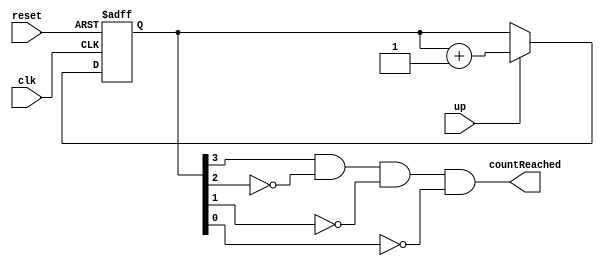
`timescale 1ns / 1ps
module counter(
    input reset,clk,up,
    output countReached
    );
	 //countReached becomes 1 when count==8
	 reg [3:0]  count;
	 assign countReached=count[3]&(~count[2])&(~count[1])&(~count[0]);
	 always@(posedge clk, negedge reset)
	 begin
	 if(!reset)
	 count<=4'b0000;
	 else if(up)
	 count<=count+1;
	 
	 end


endmodule